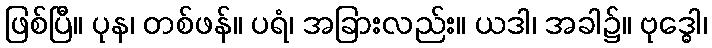
ဖြစ်ပြီ။ ပုန၊ တစ်ဖန်။ ပရံ၊ အခြားလည်း။ ယဒါ၊ အခါ၌။ ဗုဒ္ဓေါ၊